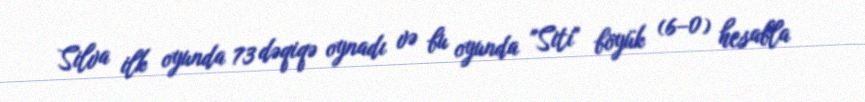
Silva ilk oyunda 73 dəqiqə oynadı və bu oyunda "Siti" böyük (6–0) hesabla